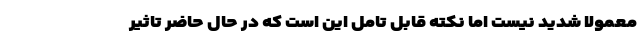
معمولا شدید نیست اما نکته قابل تامل این است که در حال حاضر تاثیر